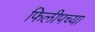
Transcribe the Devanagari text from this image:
फिलीपच्या